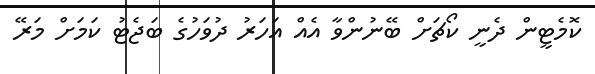
ކޮމެޓީން ދެނީ ކޯޗަށް ބޭނުންވާ އެއް އަހަރު ދުވަހުގެ ބަޖެޓު ކަމަށް މަރޭ